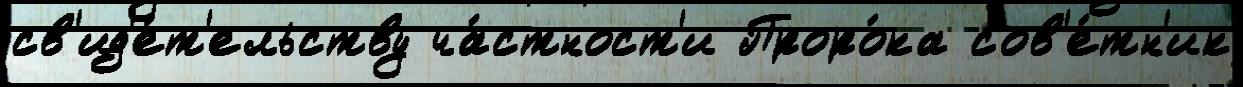
св'ид'е́т'ельству ча́стност'и Проро́ка сов'е́тн'ик